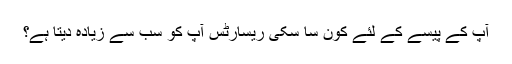
آپ کے پیسے کے لئے کون سا سکی ریسارٹس آپ کو سب سے زیادہ دیتا ہے؟